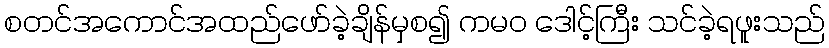
စတင်အကောင်အထည်ဖော်ခဲ့ချိန်မှစ၍ ကမဝ ဒေါင့်ကြီး သင်ခဲ့ရဖူးသည်